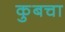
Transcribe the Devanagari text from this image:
कुबचा